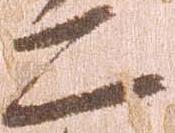
二